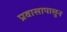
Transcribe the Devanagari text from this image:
प्रवासापासुन